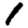
Digit: 1